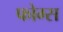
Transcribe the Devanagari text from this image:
फोम्स